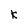
Character: k